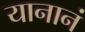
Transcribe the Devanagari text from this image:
यानानं